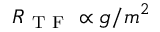
R _ { \mathrm { ~ T ~ F ~ } } \propto g / m ^ { 2 }